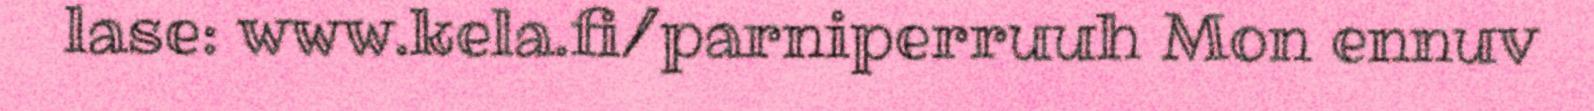
lase: www.kela.fi/parniperruuh Mon ennuv